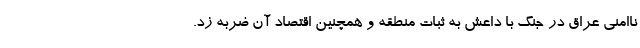
ناامنی عراق در جنگ با داعش به ثبات منطقه و همچنین اقتصاد آن ضربه زد.